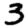
Digit: 3